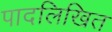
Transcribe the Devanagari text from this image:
पादलिखित